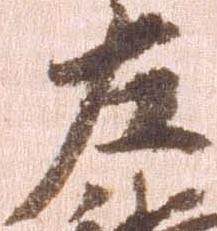
左